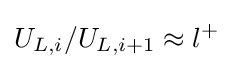
U_{L,i}/U_{L,i+1}\approx l^{+}